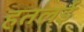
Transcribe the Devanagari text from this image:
हतलई